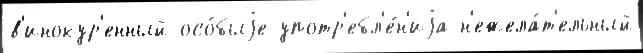
в'инокур'енный осо́быjе употр'ебл'е́н'иjа н'ежела́т'ельный